Tartu_kinnistusamet, lk 35
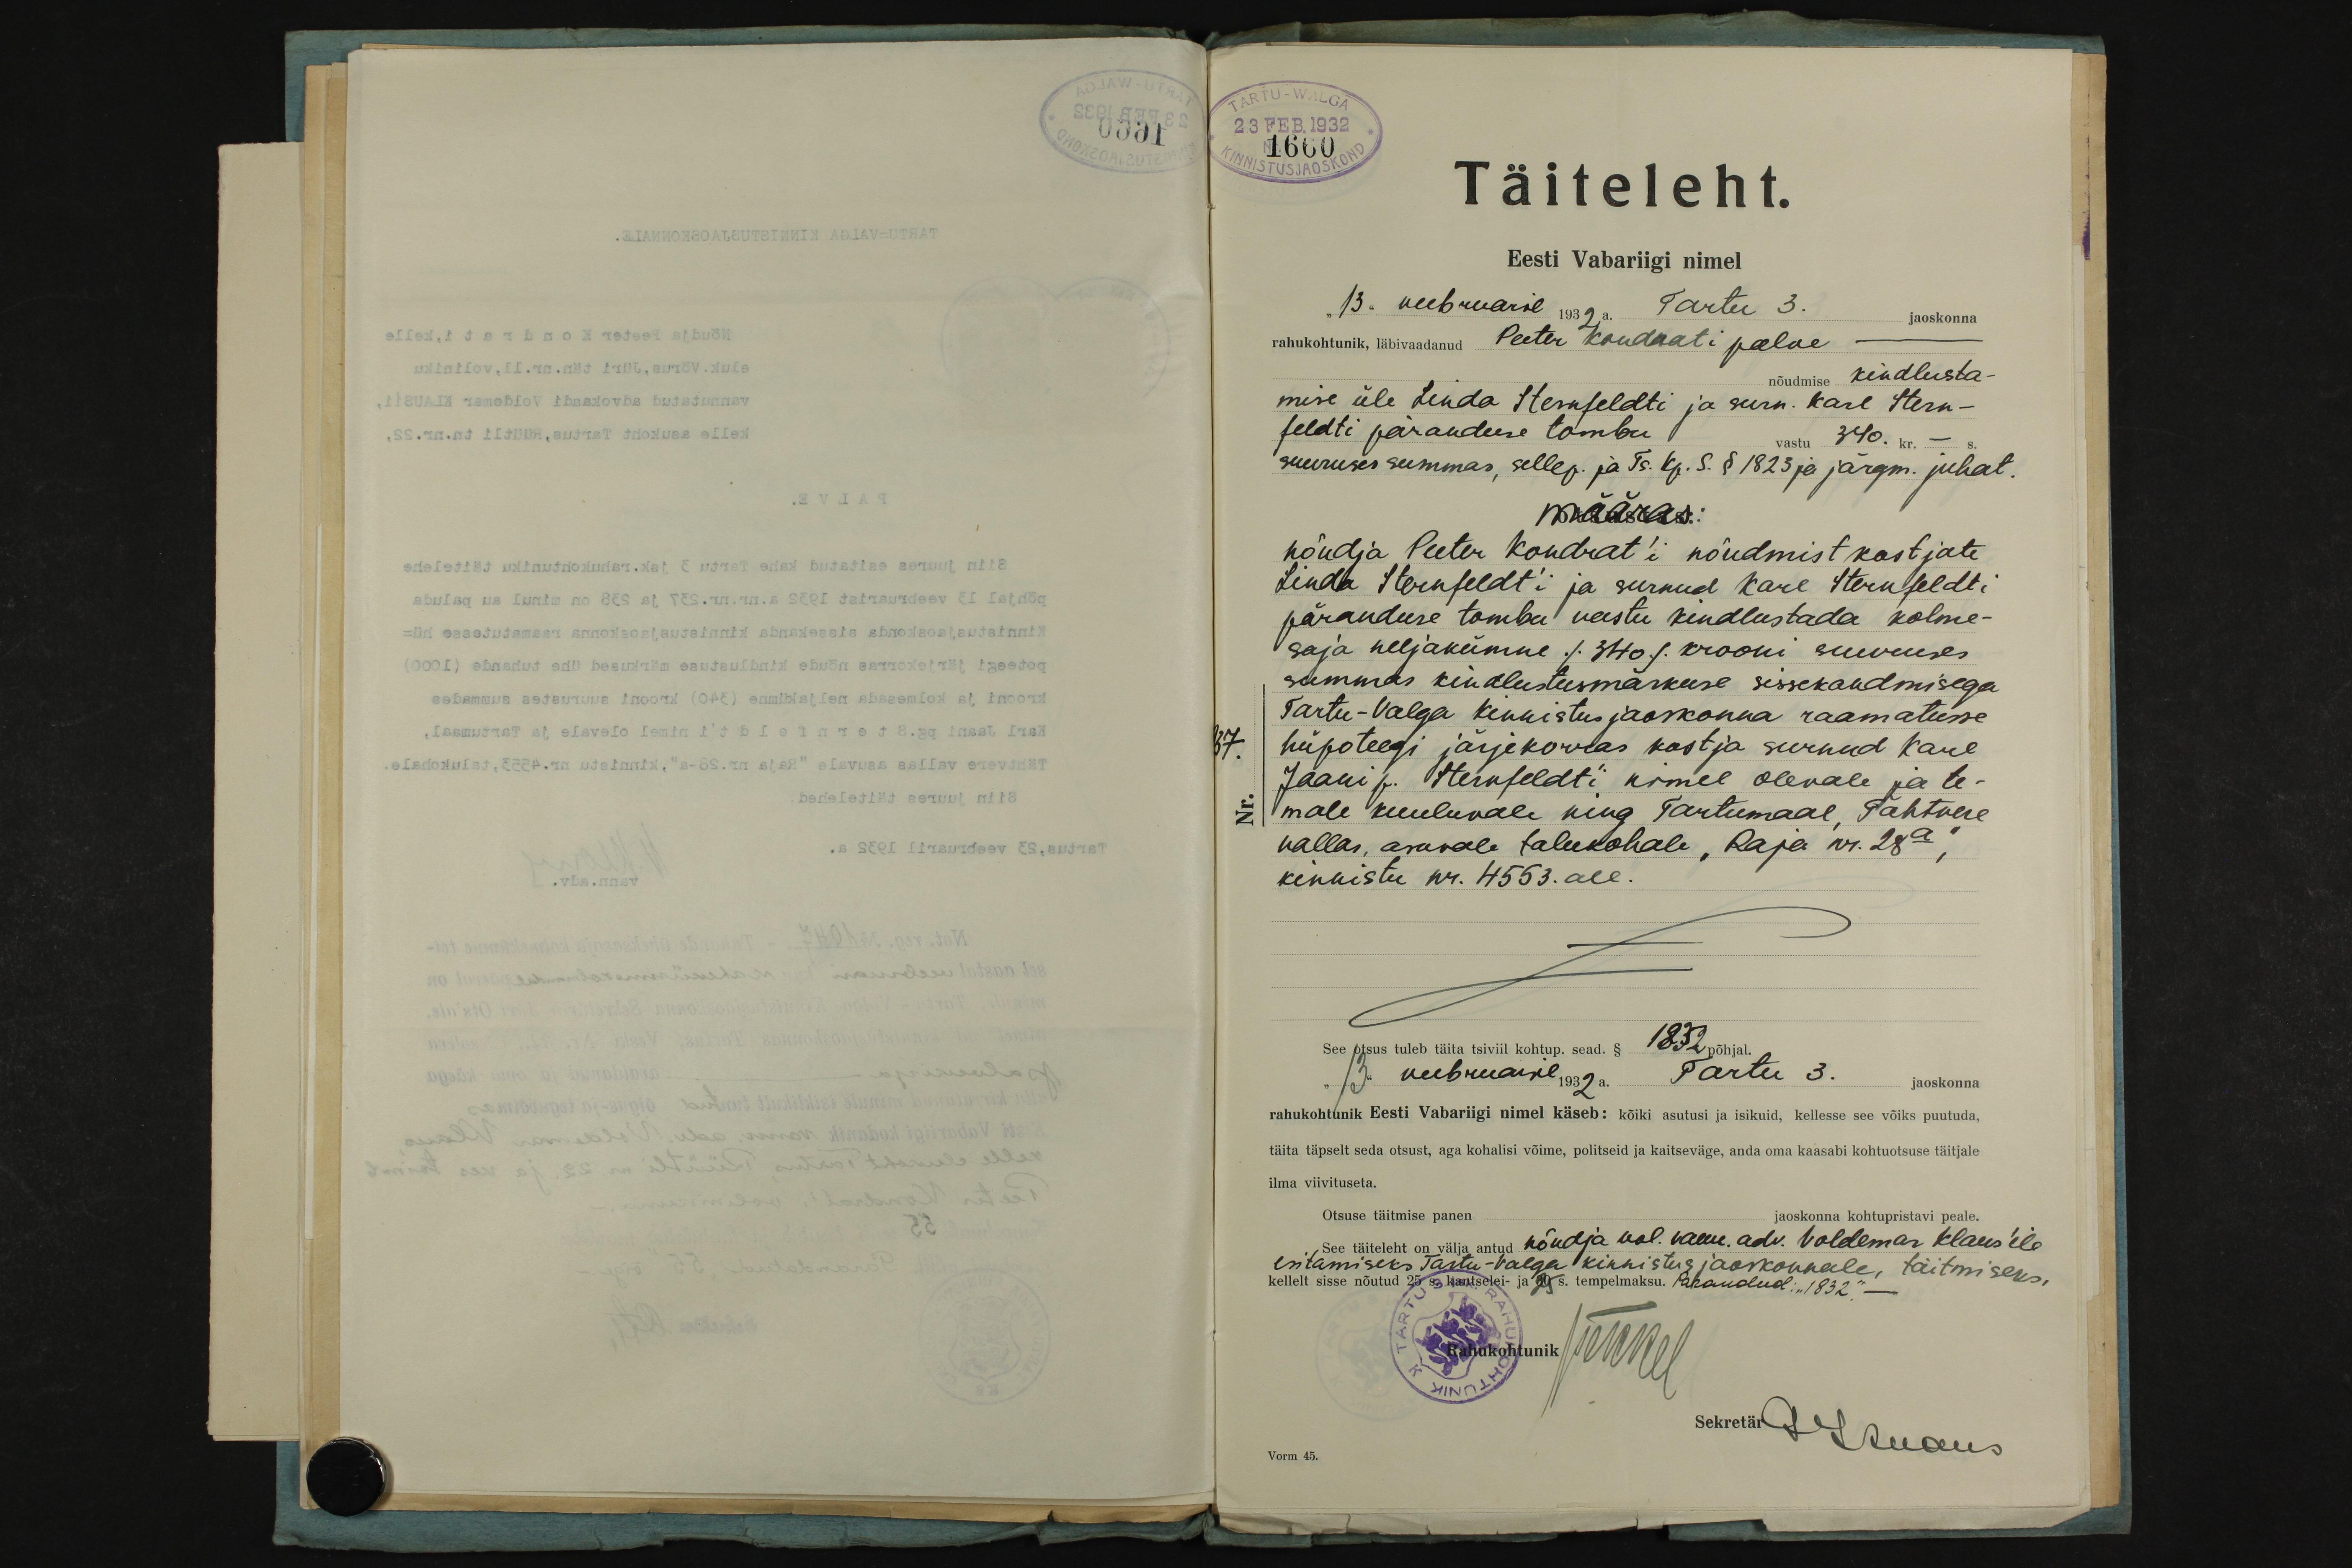
TARTU-WALGA
23 FEB.1932
1660
Täiteleht.
Eesti Vabariigi nimel
13. veebruaril 1932. Tartu 3. jaoskonna
rahukohtunik, läbivaadanud Peeter Kandaati palve
nõudmise kindlusta-
mise üle Linda Sternfeldti ja surn. Karl Stern-
feldti päranduse tombu vastu 340. kr. - s.
suuruses summas, sellep. ja Ts. kp. S. § 1823 ja järgm. juhat.
määras.
nõudja Peeter Kondrat'i nõudmist kostjate
Linda Sternfeldt'i ja surnud Karl Sternfeldti
päranduse tombu vastu kindlustada kolme-
saja neljakümne ./.340./. krooni suuruses
summas kindlustusmärkuse sissekandmisega
Tartu-Valga kinnistus jaoskonna raamatusse.
37.
hüpoteegi järjekorras kostja surnud Karl
Jaani p. Sternfeldti nimel olevale ja te-
male kuuluvale ning Tartumaal, Tähtwere
vallas, asuvale talukohale "Raja nr. 28a,"
kinnistu nr. 4553. all.
See otsus tuleb täita tsiviil kohtup. sead. § 1832 põhjal
"13" veebruaril 1932a. Tartu 3. jaoskonna
rahukohtunik Eesti Vabariigi nimel käseb: kõiki asutusi ja isikuid, kellesse see võiks puutuda,
täita täpselt seda otsust, aga kohalisi võime, politseid ja kaitseväge, anda oma kaasabi kohtuotsuse täitjale
ilma viivituseta.
Otsuse täitmise panen
jaoskonna kohtupristavi peale.
"See täiteleht on välja antud nõudja vol. vann. adv. Voldemar Klaus'ile
esitamiseks Tartu-Valga kinnistusjaokonnale, täitmiseks,
kellelt sisse nõutud 25 s. kantselei- ja 25 s. tempelmaksu. Parandud: "1832".-
Rahukohtunik Mkel
Sekretär JKuaus
Vorm 45.